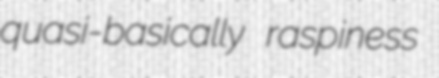
quasi-basically raspiness